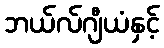
ဘယ်လ်ဂျီယံနှင့်